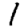
Digit: 1